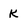
Character: K